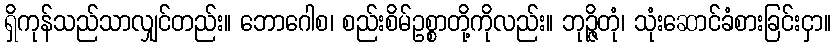
ရှိကုန်သည်သာလျှင်တည်း။ ဘောဂေါစ၊ စည်းစိမ်ဥစ္စာတို့ကိုလည်း။ ဘုဉ္ဇိတုံ၊ သုံးဆောင်ခံစားခြင်းငှာ။